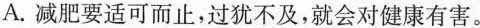
A.减肥要适可而止，\underset{·}{过}\underset{·}{犹}\underset{·}{不}\underset{·}{及}，就会对健康有害。